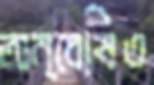
অন্বেষিত